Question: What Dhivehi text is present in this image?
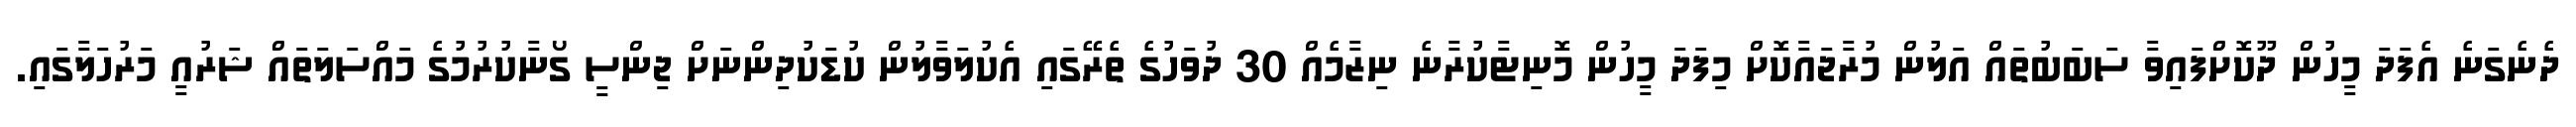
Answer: ދެނެގަނެ އެފަދަ މީހުން ދޫކޮށްފައިވާ ސަބަބުތައް އަލުން މުރާޖައާކޮށް މިފަދަ މީހުން މޮނިޓާކުރާނެ ނިޒާމެއް 30 ދުވަހުގެ ތެރޭގައި އެކުލަވާލުން ކުޑަކުދިންނަށް ޖިންސީ ގޯނާކުރުމުގެ މައްސަލަތައް ޝަރުއީ މަރުހަލާގައި.